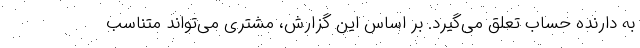
به دارنده حساب تعلق می‌گیرد. بر اساس این گزارش، مشتری می‌تواند متناسب